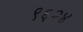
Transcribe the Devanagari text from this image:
९६२४